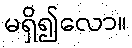
မရှိ၍လော။